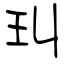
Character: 㺩